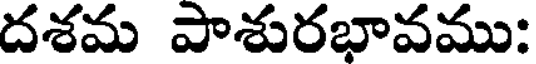
దశమ పాశురభావము: